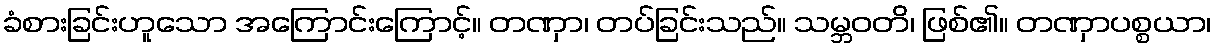
ခံစားခြင်းဟူသော အကြောင်းကြောင့်။ တဏှာ၊ တပ်ခြင်းသည်။ သမ္ဘဝတိ၊ ဖြစ်၏။ တဏှာပစ္စယာ၊